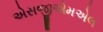
એસજીએમએલ